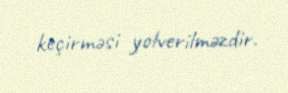
keçirməsi yolverilməzdir.